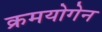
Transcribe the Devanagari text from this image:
क्रमयोगेन